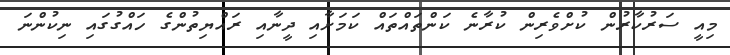
މިއީ ސަރުކާރުން ކުށްވެރިން ކުރާނެ ކަންތައްތައް ކަމަށާއި ދީނާއި ރައްޔިތުންގެ ހައްގުގައި ނިކުންނަ